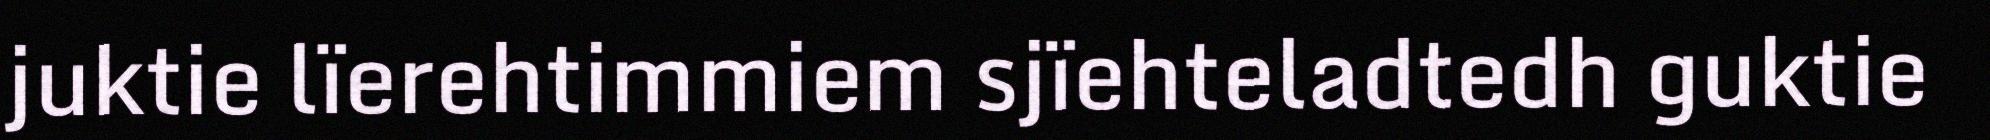
juktie lïerehtimmiem sjïehteladtedh guktie